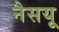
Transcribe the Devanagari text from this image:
नैसयू